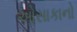
ઓસાકાનો